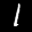
Label: 1